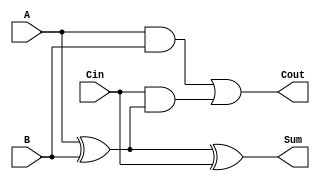
module full_adder (
    input  wire A,     // First input bit
    input  wire B,     // Second input bit
    input  wire Cin,   // Carry-in bit
    output wire Sum,   // Resulting sum bit
    output wire Cout   // Carry-out bit
);

// Behavioral description of the full adder
assign Sum = A ^ B ^ Cin; // Sum is the XOR of A, B, and Cin
assign Cout = (A & B) | (Cin & (A ^ B)); // Cout is determined by the carry conditions

endmodule